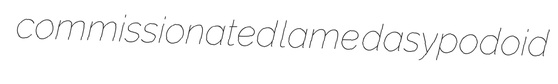
commissionated lame dasypodoid